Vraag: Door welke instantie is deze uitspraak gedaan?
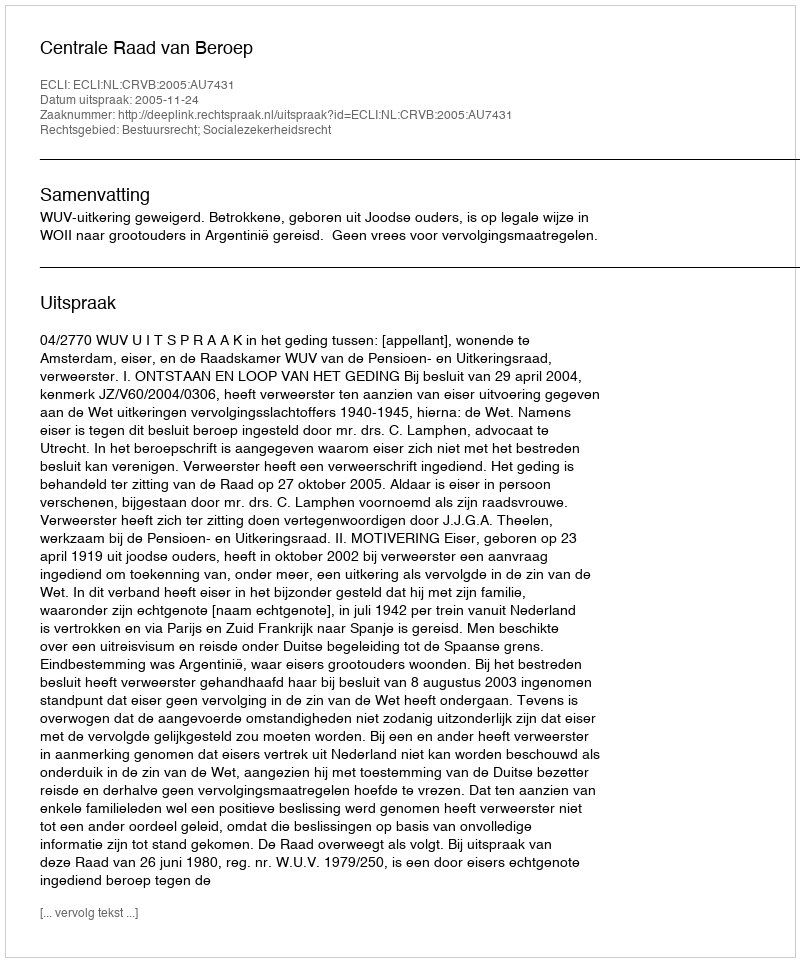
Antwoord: Centrale Raad van Beroep